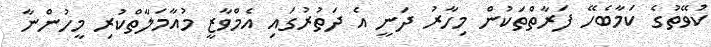
ކުވޭތުގެ ކަމާބެހޭ ފަރާތްތަކުން މިހާރު ދަނީ އެ ދަތުރުގައި އެމްވާޒީ މުއާމަލާތްކުރި މީހުންނާ